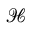
{ \mathcal { H } }